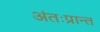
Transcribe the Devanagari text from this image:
अंतःप्रान्त